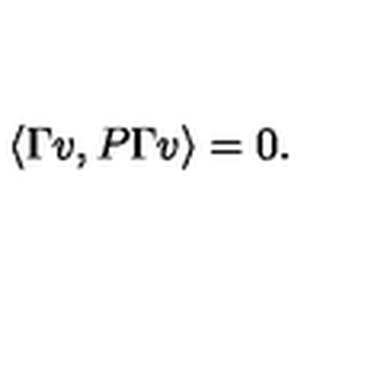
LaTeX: \langle \Gamma v , P \Gamma v \rangle = 0 .